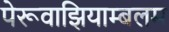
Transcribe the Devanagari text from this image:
पेरूवाझियाम्बलम